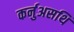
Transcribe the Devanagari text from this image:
कर्नुअसथि